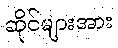
ဆိုင်များအား